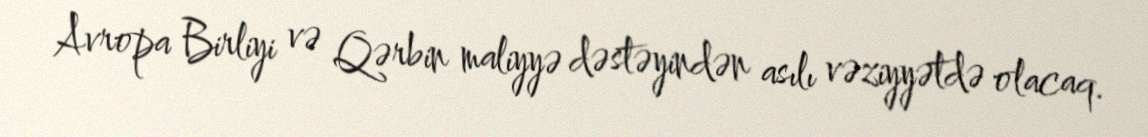
Avropa Birliyi və Qərbin maliyyə dəstəyindən asılı vəziyyətdə olacaq.